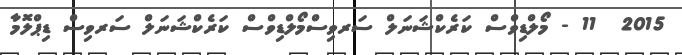
2015  11 - މޯލްޑިވްސް ކަރެކްޝަނަލް ސަރވިސްމޯލްޑިވްސް ކަރެކްޝަނަލް ސަރވިސް ޑިޕްލޮމާ